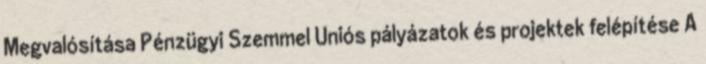
Megvalósítása Pénzügyi Szemmel Uniós pályázatok és projektek felépítése A